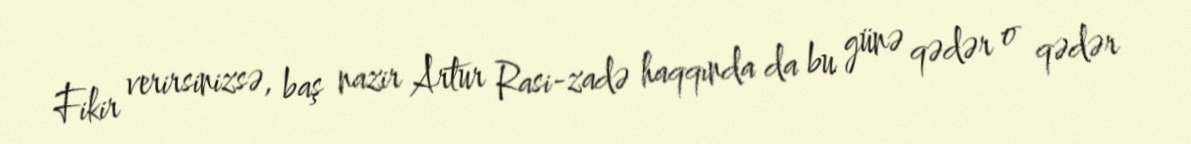
Fikir verirsinizsə, baş nazir Artur Rasi-zadə haqqında da bu günə qədər o qədər